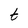
Character: t